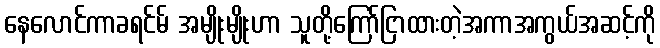
နေလောင်ကာခရင်မ် အမျိုးမျိုးဟာ သူတို့ကြော်ငြာထားတဲ့အကာအကွယ်အဆင့်ကို